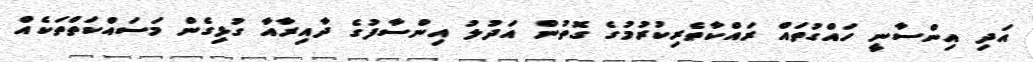
އަދި އިންސާނީ ހައްގުތައް ރައްކާތެރިކުރުމުގެ ގޮތުން އަދުލު އިންސާފުގެ ދާއިރާއާ ގުޅިގެން މަސައްކަތްތަކެއް